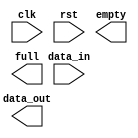
module timing_control_and_synchronization(
    input clk,
    input rst,
    input data_in,
    output reg data_out,
    output reg empty,
    output reg full
);

// Timing control block
always @ (posedge clk or posedge rst)
begin
    if (rst)
    begin
        // Reset state
        // Implement reset logic
    end
    else
    begin
        // Implement timing control logic
        // Generate timing signals for data transfer
    end
end

// Synchronization block
always @ (posedge clk)
begin
    // Implement synchronization logic
    // Synchronize data between input and output sides
end

endmodule